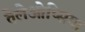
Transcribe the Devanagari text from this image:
तेलेओप्सिया